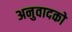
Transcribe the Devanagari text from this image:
अनुवादको